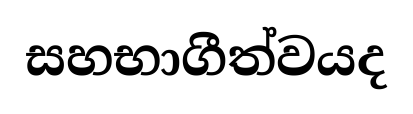
සහභාගීත්වයද